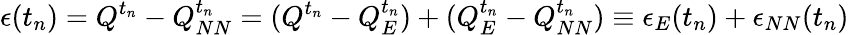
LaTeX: \epsilon(t_{n})=Q^{t_{n}}-Q_{NN}^{t_{n}}=(Q^{t_{n}}-Q_{E}^{t_{n}})+(Q_{E}^{t_{n}}-Q_{NN}^{t_{n}})\equiv\epsilon_{E}(t_{n})+\epsilon_{NN}(t_{n})